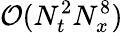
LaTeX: \mathcal{O}(N_{t}^{2}N_{x}^{8})